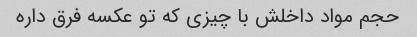
حجم مواد داخلش با چیزی که تو عکسه فرق داره